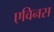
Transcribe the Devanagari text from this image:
एविनस